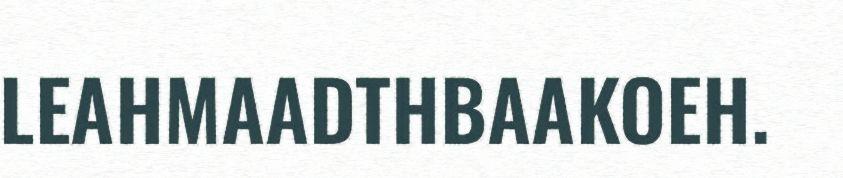
LEAHMAADTHBAAKOEH.